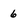
Character: 6